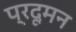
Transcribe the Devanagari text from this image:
प्रदूमन